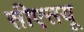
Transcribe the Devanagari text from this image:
सीएसयू